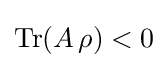
\operatorname {Tr} (A\,\rho )<0